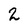
Character: 2